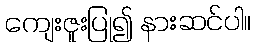
ကျေးဇူးပြု၍ နားဆင်ပါ။